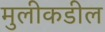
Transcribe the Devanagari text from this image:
मुलीकडील